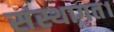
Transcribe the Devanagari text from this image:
संस्थागत।